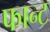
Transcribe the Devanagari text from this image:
फान्ट